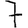
Digit: 7